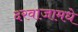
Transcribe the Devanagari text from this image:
दरवाजामधे